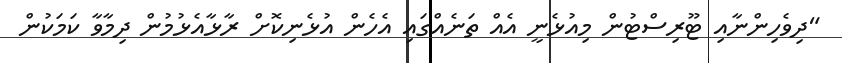
"ދިވެހިންނާއި ޓޫރިސްޓުން މިއުޅެނީ އެއް ތަނެއްގައި އެހެން އުޅެނިކޮށް ރާޅާއެޅުމުން ދިމާވާ ކަމަކުން